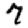
Digit: 7